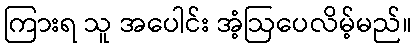
ကြားရ သူ အပေါင်း အံ့ဩပေလိမ့်မည်။